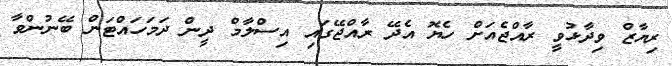
ރިޔާޒް ވިދާޅުވީ ރާއްޖެއަށް ހެޔޮ އެދޭ ރާއްޖޭގައި އިސްލާމް ދީން ދަމަހައްޓަން ބޭނުންވާ